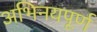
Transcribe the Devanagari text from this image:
अभिनयपूर्ण